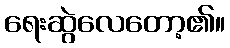
ရေးဆွဲလေတော့၏။